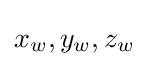
x_{w},y_{w},z_{w}